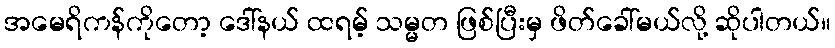
အမေရိကန်ကိုတော့ ဒေါ်နယ် ထရမ့် သမ္မတ ဖြစ်ပြီးမှ ဖိတ်ခေါ်မယ်လို့ ဆိုပါတယ်။